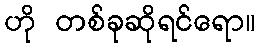
ဟို တစ်ခုဆိုရင်ရော။